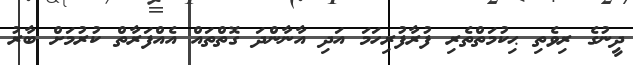
ދީނުގެ ރިވެތި ޙިކުމަތްތެރި ފުރާފުރިހަމަ އަދި އާނާންދަ ގޮތްތައް އެއްފަރާތް ކުރުމަށް ބާރު